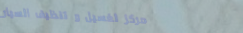
مركز لغسيل و تنظيف السيار